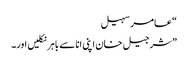
“ عامر سہیل
”شرجیل خان اپنی انا سے باہر نکلیں اور۔